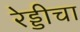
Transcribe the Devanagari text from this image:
रेड्डीचा